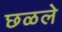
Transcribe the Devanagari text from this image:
छळले